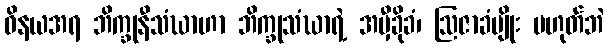
ဝိနယအရ ဘိက္ခုနီသံဃာဟာ ဘိက္ခုသံဃာရဲ့ အမှီခိုခံ၊ ဩဇာခံမျိုး မဟုတ်ဘဲ